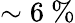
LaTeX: \sim 6~\%